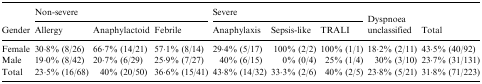
|  | <COLSPAN=3> Non-severe | <COLSPAN=3> Severe |  |  |
 | Gender | Allergy | Anaphylactoid | Febrile | Anaphylaxis | Sepsis-like | TRALI | Dyspnoea unclassified | Total |
 | --- | --- | --- | --- | --- | --- | --- | --- | --- |
 | Female | 30·8% (8/26) | 66·7% (14/21) | 57·1% (8/14) | 29·4% (5/17) | 100% (2/2) | 100% (1/1) | 18·2% (2/11) | 43·5% (40/92) |
 | Male | 19·0% (8/42) | 20·7% (6/29) | 25·9% (7/27) | 40% (6/15) | 0% (0/4) | 25% (1/4) | 30% (3/10) | 23·7% (31/131) |
 | Total | 23·5% (16/68) | 40% (20/50) | 36·6% (15/41) | 43·8% (14/32) | 33·3% (2/6) | 40% (2/5) | 23·8% (5/21) | 31·8% (71/223) |